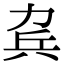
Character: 𠡥